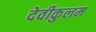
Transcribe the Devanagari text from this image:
देवीकुलम